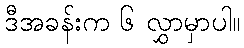
ဒီအခန်းက ၆ လွှာမှာပါ။